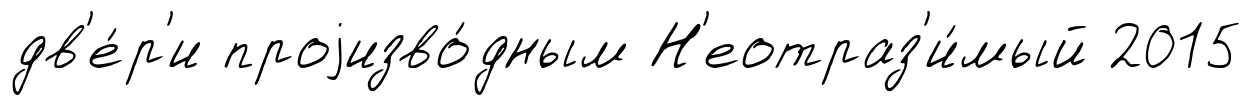
дв'е́р'и проjизво́дным Н'еотраз'и́мый 2015